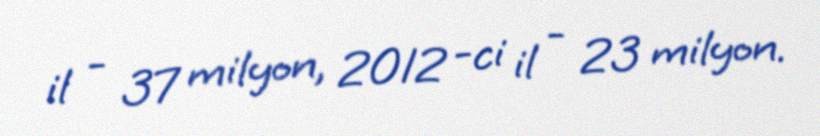
il - 37 milyon, 2012 -ci il - 23 milyon.